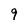
Character: 9